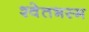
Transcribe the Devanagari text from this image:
श्वेतभस्म